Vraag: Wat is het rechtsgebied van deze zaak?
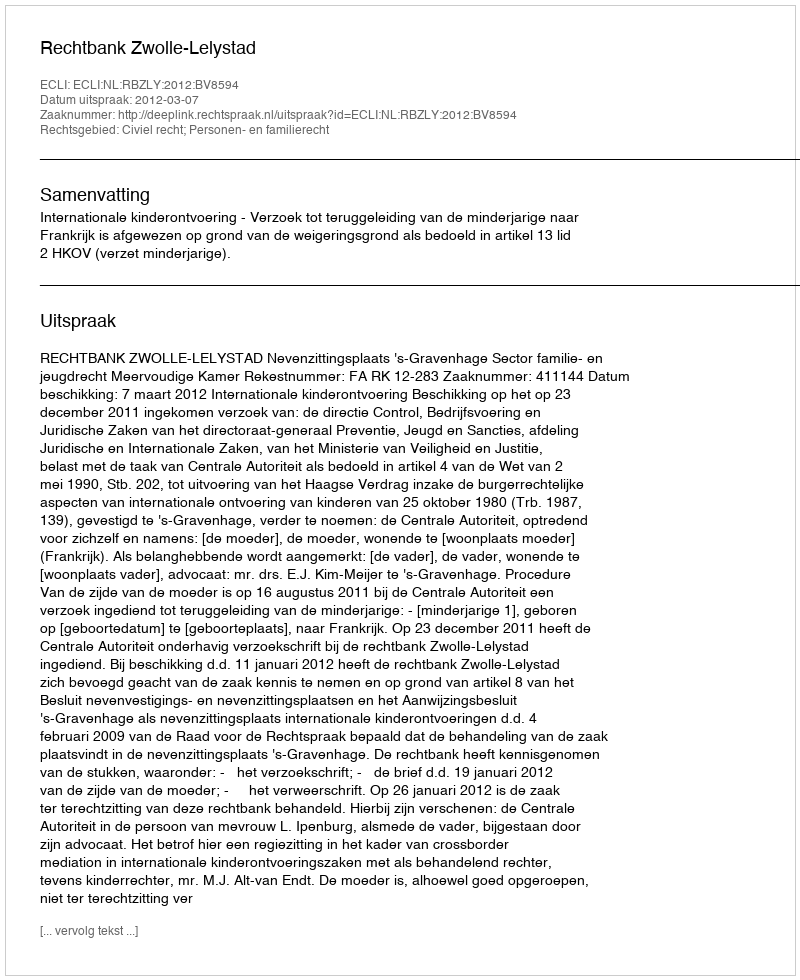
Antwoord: Civiel recht; Personen- en familierecht